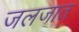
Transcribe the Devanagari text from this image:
जलजात